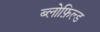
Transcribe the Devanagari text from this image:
ब्लोफ़िल्ड